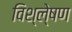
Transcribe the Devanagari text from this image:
विश्ले्षण